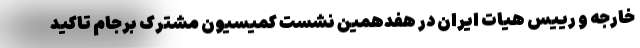
خارجه و رییس هیات ایران در هفدهمین نشست کمیسیون مشترک برجام تاکید